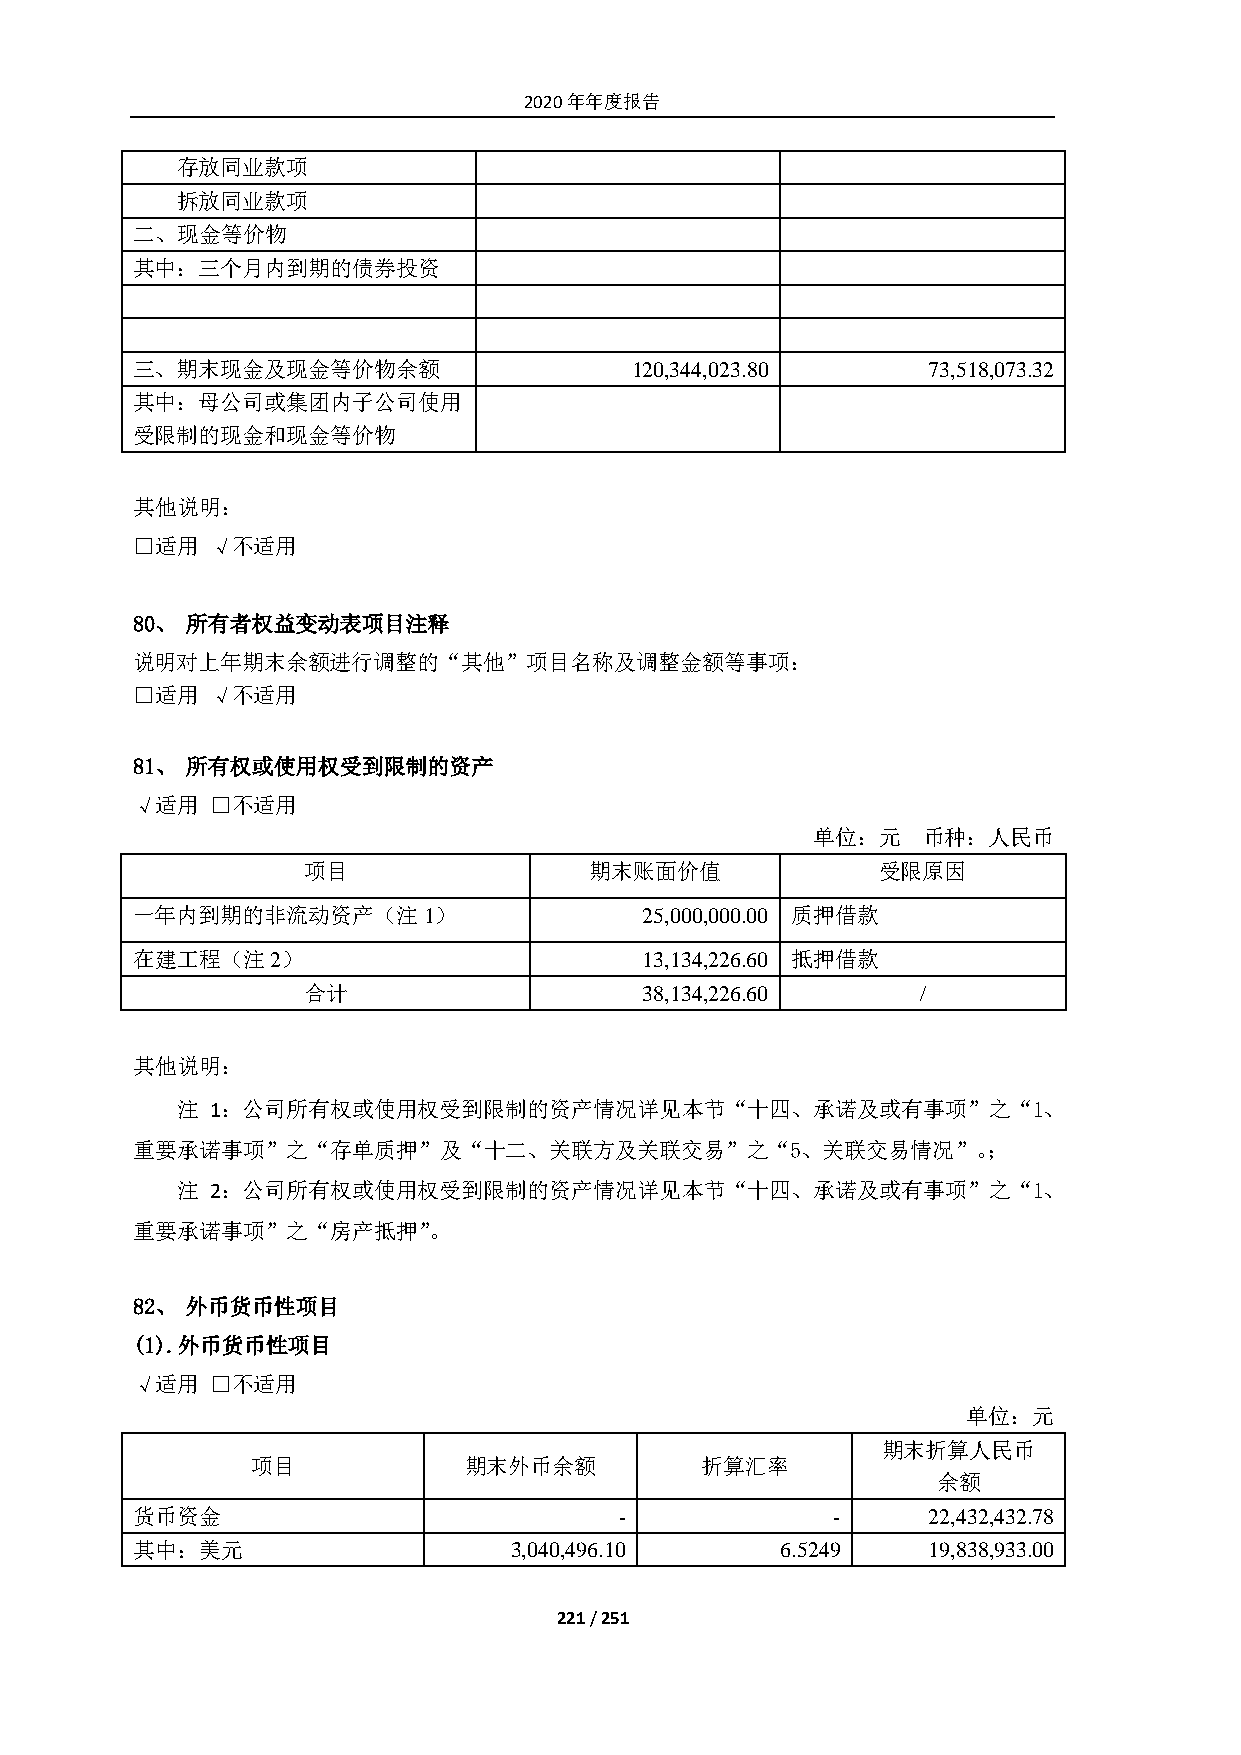
2020年年度报告
 存放同业款项
 拆放同业款项
 二、现金等价物
 其中：三个月内到期的债券投资
 三、期末现金及现金等价物余额                   120,344,023.80     73,518,073.32
 其中：母公司或集团内子公司使用
 受限制的现金和现金等价物
 其他说明：
 □适用  √不适用
 80、 所有者权益变动表项目注释
 说明对上年期末余额进行调整的“其他”项目名称及调整金额等事项：
 □适用  √不适用
 81、 所有权或使用权受到限制的资产
 √适用  □不适用
 单位：元   币种：人民币
 项目                 期末账面价值             受限原因
 一年内到期的非流动资产（注1）                  25,000,000.00 质押借款
 在建工程（注2）                         13,134,226.60 抵押借款
 合计                    38,134,226.60      /
 其他说明：
 注 1：公司所有权或使用权受到限制的资产情况详见本节“十四、承诺及或有事项”之“1、
 重要承诺事项”之“存单质押”及“十二、关联方及关联交易”之“5、关联交易情况”。；
 注 2：公司所有权或使用权受到限制的资产情况详见本节“十四、承诺及或有事项”之“1、
 重要承诺事项”之“房产抵押”。
 82、 外币货币性项目
 (1). 外币货币性项目
 √适用  □不适用
 单位：元
 期末折算人民币
 项目            期末外币余额         折算汇率
 余额
 货币资金                            -             -     22,432,432.78
 其中：美元                    3,040,496.10      6.5249   19,838,933.00
 221 / 251